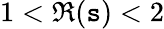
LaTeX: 1<\Re(\mathtt{s})<2